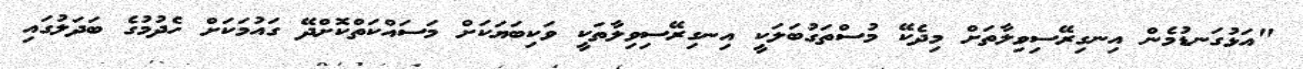
"އަޅުގަނޑުމެން އިނގިރޭސިވިލާތަށް މިދެކޭ މުސްތަގުބަލަކީ އިނގިރޭސިވިލާތަކީ ވަކިބަޔަކަށް މަސައްކަތްކޮށްދޭ ގައުމަކަށް ހެދުމުގެ ބަދަލުގައި